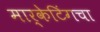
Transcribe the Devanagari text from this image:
मार्केटिंगचा